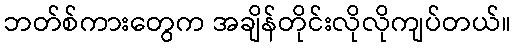
ဘတ်စ်ကားတွေက အချိန်တိုင်းလိုလိုကျပ်တယ်။